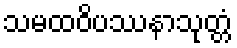
သမထဝိပဿနာသုတ္တံ